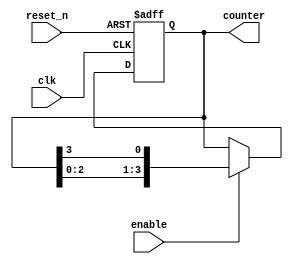
module RingCounter(
    input wire clk,
    input wire reset_n,
    input wire enable,
    output reg [3:0] counter
);

always @(posedge clk or negedge reset_n) begin
    if (~reset_n) begin
        counter <= 4'b0001;
    end else if (enable) begin
        counter <= {counter[2:0], counter[3]};
    end
end

endmodule